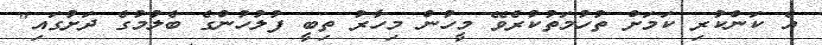
އެ ކަންކުރި ކަމަށް ތުހުމަތުކުރެވޭ މީހުން މިހާރު ތިބީ ފުލުހުންގެ ބެލުމުގެ ދަށުގައި"